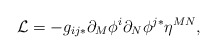
\begin{align*}{\cal L}=-g_{ij*}\partial_M \phi^i \partial_N \phi^{j*} \eta^{MN} ,\end{align*}